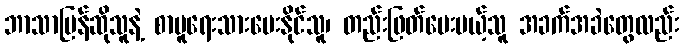
ဘာသာပြန်ဆိုသူနဲ့ စာမူရေးသားပေးနိုင်သူ၊ တည်းဖြတ်ပေးမယ့်သူ အခက်အခဲတွေလည်း